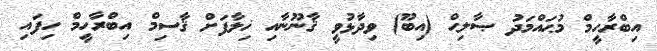
އިބްރާހީމް މުޙައްމަދު ޞާލިޙް (އިބޫ) ވިދާޅުވީ ޤާނޫނާއި ޚިލާފަށް ޤާސިމް އިބްރާހީމް ހިފައި